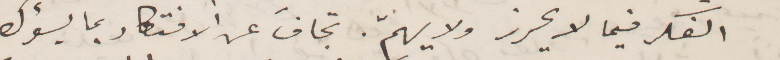
الفكر فيما لا يحرز ولا يهم. تجافَ عن الافتكار بما يسؤك